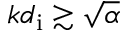
k d _ { \mathrm { i } } \gtrsim \sqrt { \alpha }